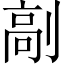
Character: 𠞟